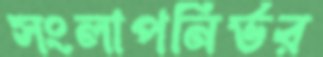
সংলাপনির্ভর